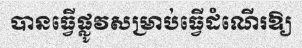
បានធ្វើផ្លូវសម្រាប់ធ្វើដំណើរឱ្យ